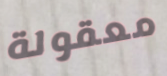
معقولة